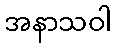
အနာသဝါ